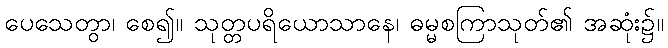
ပေသေတွာ၊ စေ၍။ သုတ္တပရိယောသာနေ၊ ဓမ္မစကြာသုတ်၏ အဆုံး၌။